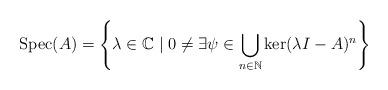
LaTeX: \begin{align*}{\rm Spec}(A) = \left\{\lambda \in \mathbb{C}\mid 0\not = \exists \psi \in \bigcup_{n\in \mathbb{N}} \ker(\lambda I -A)^n\right\}\end{align*}